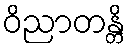
ဝိညာတန္တိ